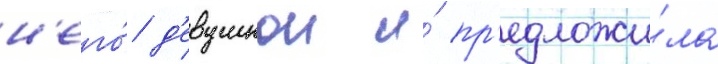
н'его́ д'евушкои и́ пр'едложи́ла